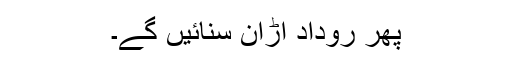
پھر رودادِ اڑان سنائیں گے۔